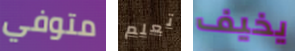
متوفي تعلم يخيف